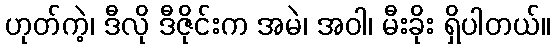
ဟုတ်ကဲ့၊ ဒီလို ဒီဇိုင်းက အမဲ၊ အဝါ၊ မီးခိုး ရှိပါတယ်။